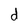
Character: d